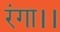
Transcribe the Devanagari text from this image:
रंगा।।